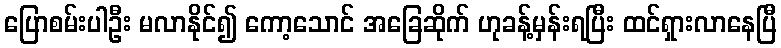
ပြောစမ်းပါဦး မလာနိုင်၍ ကော့သောင် အခြေဆိုက် ဟုခန့်မှန်းရပြီး ထင်ရှားလာနေပြီ